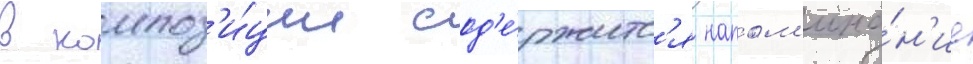
в композ'и́ции сод'е́ржитс'я напом'ина́н'ие